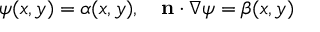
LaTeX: \psi ( x , y ) = \alpha ( x , y ) , \quad \mathbf { n } \cdot \nabla \psi = \beta ( x , y )